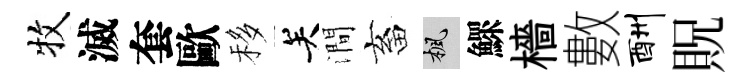
牧滅套歐移关澗畜楓鰥檣數酬貺